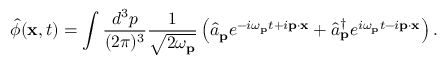
{ \hat { \phi } } ( \mathbf { x } , t ) = \int { \frac { d ^ { 3 } p } { ( 2 \pi ) ^ { 3 } } } { \frac { 1 } { \sqrt { 2 \omega _ { \mathbf { p } } } } } \left( { \hat { a } } _ { \mathbf { p } } e ^ { - i \omega _ { \mathbf { p } } t + i \mathbf { p } \cdot \mathbf { x } } + { \hat { a } } _ { \mathbf { p } } ^ { \dagger } e ^ { i \omega _ { \mathbf { p } } t - i \mathbf { p } \cdot \mathbf { x } } \right) .